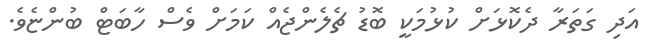
އަދި ގަތަރާ ދެކޮޅަށް ކުޅުމަކީ ބޮޑު ޗެލެންޖެއް ކަމަށް ވެސް ހާބަޓް ބުންޏެވެ.